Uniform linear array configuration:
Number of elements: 4
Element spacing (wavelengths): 0.5
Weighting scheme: blackman
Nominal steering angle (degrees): -60
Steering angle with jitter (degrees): -59.657
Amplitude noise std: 0.05
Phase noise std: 0.05

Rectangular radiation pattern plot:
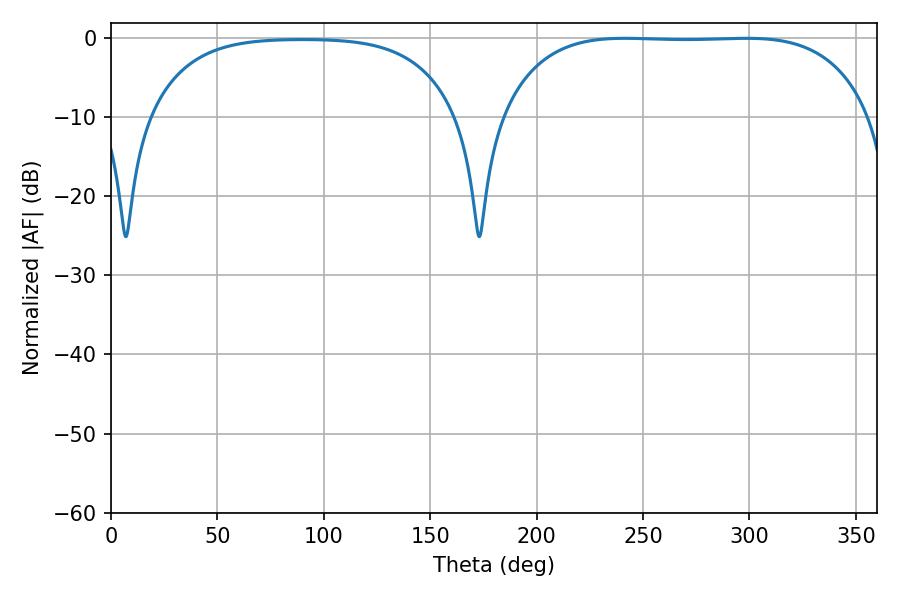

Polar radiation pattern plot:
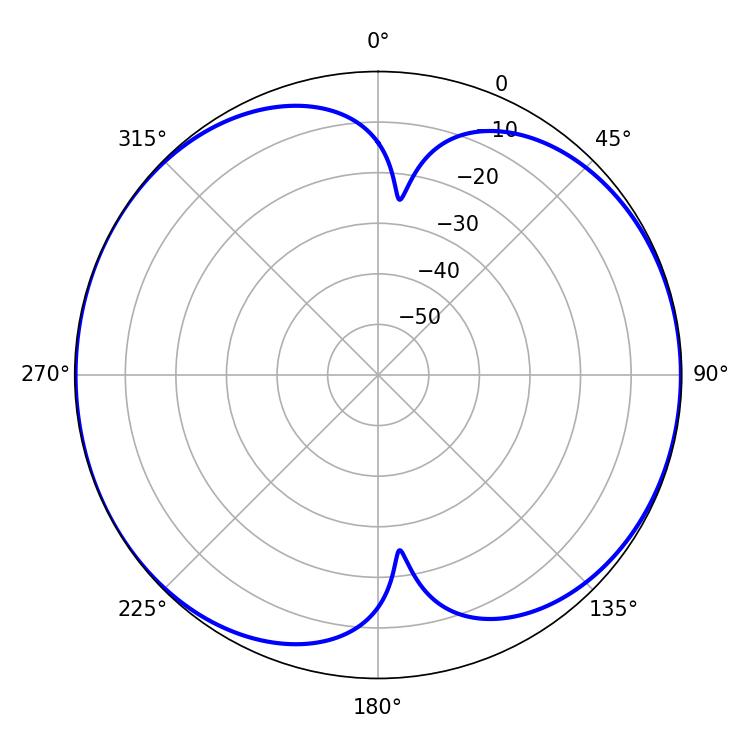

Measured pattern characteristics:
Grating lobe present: FALSE
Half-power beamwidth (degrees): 135.36
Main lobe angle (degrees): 241.56